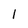
Character: 1